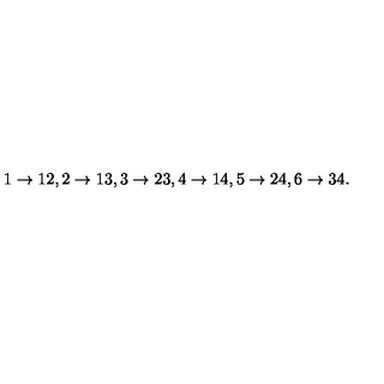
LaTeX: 1 \rightarrow 1 2 , 2 \rightarrow 1 3 , 3 \rightarrow 2 3 , 4 \rightarrow 1 4 , { } 5 \rightarrow 2 4 , 6 \rightarrow 3 4 .